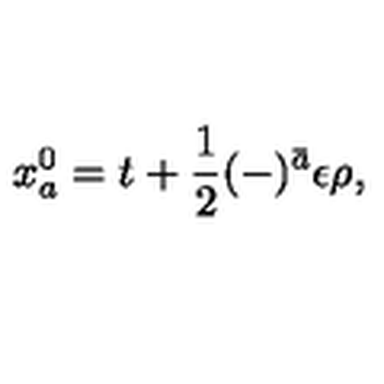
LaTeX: x _ { a } ^ { 0 } = t + \frac { 1 } { 2 } ( - ) ^ { \bar { a } } \epsilon \rho ,